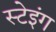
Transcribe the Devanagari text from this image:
स्टेइंग